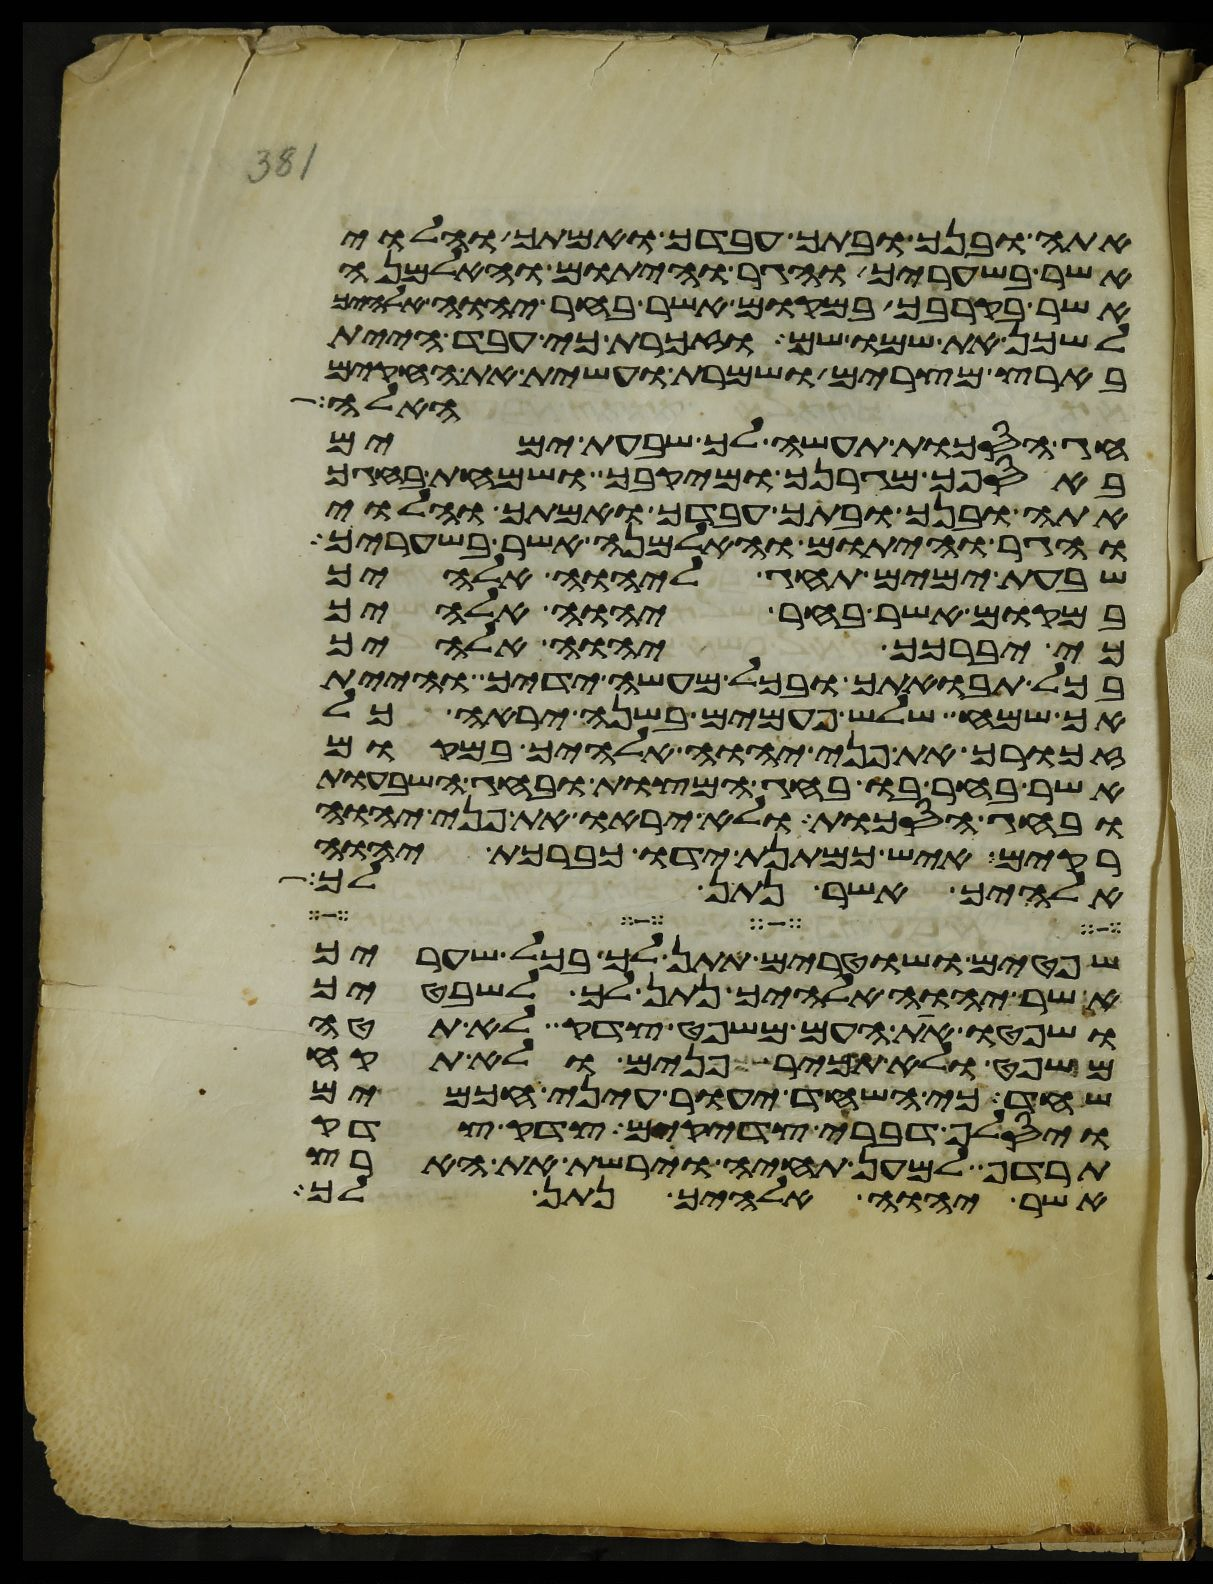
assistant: אתה ובנך ובתך עבדך ואמתך והלוי
אשר בשעריך והגר והיתום והאלמנה
אשר בקרבך במקום אשר בחר יהוה אלהיך
לשכן את שמו שם וזכרת כי עבד היית
בארץ מצרים ושמרת ועשית את החקים
האלה
חג הסכות תעשה לך שבעת ימים
באספך מגרנך ומיקבך ושמחת בחגך
אתה ובנך ובתך עבדך ואמתך והלוי
והגר והיתום והאלמנה אשר בשעריך
שבעת ימים תחג ליהוה אלהיך
במקום אשר בחר יהוה אלהיך
כי יברכך יהוה אלהיך
בכל תבואתך ובכל מעשה ידיך והיית
אך שמח שלש פעמים בשנה יראה כל
זכורך את פני יהוה אלהיך במקום
אשר בחר בו בחג המצות ובחג השבעות
ובחג הסכות ולא יראו את פני יהוה
רקים איש כמתנת ידו כברכת יהוה
אלהיך אשר נתן לך
שפטים ושטרים תתן לך בכל שעריך
אשר יהוה אלהיך נתן לך לשבטיך
ושפטו את העם משפט צדק לא תטה
משפט ולא תכיר פנים ולא תקח
שחד כי השחד יעור עיני חכמים
ויסלף דברי צדקים צדק צדק
תרדף למען תחיה וירשת את הארץ
אשר יהוה אלהיך נתן לך